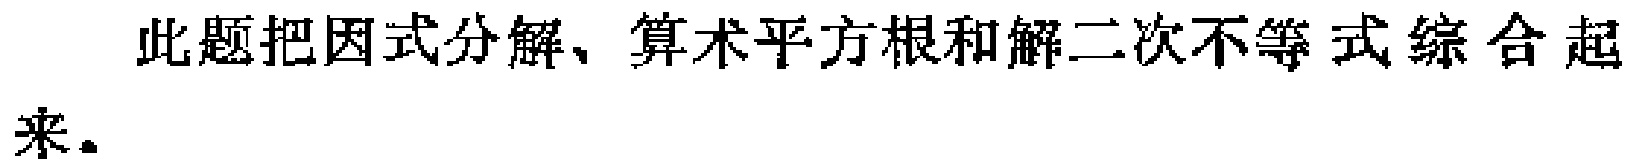
此题把因式分解、算术平方根和解二次不等式综合起来。